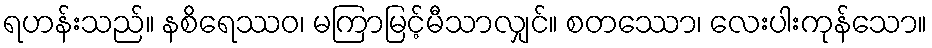
ရဟန်းသည်။ နစိရေဿဝ၊ မကြာမြင့်မီသာလျှင်။ စတဿော၊ လေးပါးကုန်သော။